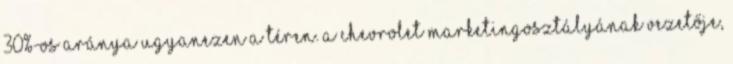
30%-os aránya ugyanezen a téren. A Chevrolet marketingosztályának vezetője,